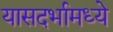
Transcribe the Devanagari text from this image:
यासदर्भामध्ये